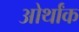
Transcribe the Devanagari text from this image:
ओर्थांक